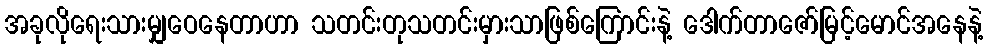
အခုလိုရေးသားမျှဝေနေတာဟာ သတင်းတုသတင်းမှားသာဖြစ်ကြောင်းနဲ့ ဒေါက်တာဇော်မြင့်မောင်အနေနဲ့